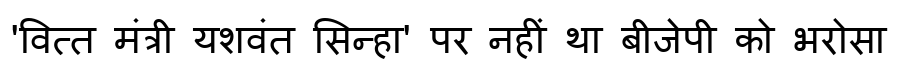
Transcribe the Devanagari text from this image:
'वित्त मंत्री यशवंत सिन्हा' पर नहीं था बीजेपी को भरोसा